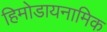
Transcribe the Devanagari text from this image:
हिमोडायनामिक